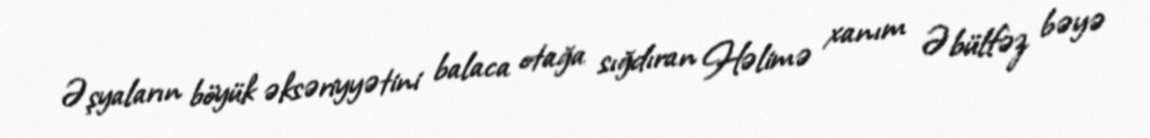
Əşyaların böyük əksəriyyətini balaca otağa sığdıran Həlimə xanım Əbülfəz bəyə